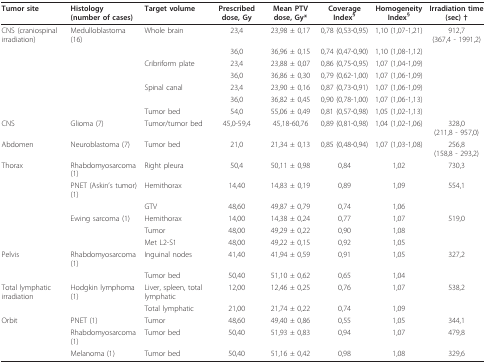
<table><thead><tr><td><b>Tumor site</b></td><td><b>Histology(number of cases)</b></td><td><b>Target volume</b></td><td><b>Prescribed dose, Gy</b></td><td><b>Mean PTV dose, Gy*</b></td><td><b>Coverage Index<sup>§</sup></b></td><td><b>Homogeneity Index<sup>§</sup></b></td><td><b>Irradiation time (sec) †</b></td></tr></thead><tbody><tr><td>CNS (craniospinal irradiation)</td><td>Medulloblastoma (16)</td><td>Whole brain</td><td>23,4</td><td>23,98 ± 0,17</td><td>0,78 (0,53-0,95)</td><td>1,10 (1,07-1,21)</td><td>912,7(367,4 - 1991,2)</td></tr><tr><td></td><td></td><td></td><td>36,0</td><td>36,96 ± 0,15</td><td>0,74 (0,47-0,90)</td><td>1,10 (1,08-1,12)</td><td></td></tr><tr><td></td><td></td><td>Cribriform plate</td><td>23,4</td><td>23,88 ± 0,07</td><td>0,86 (0,75-0,95)</td><td>1,07 (1,04-1,09)</td><td></td></tr><tr><td></td><td></td><td></td><td>36,0</td><td>36,86 ± 0,30</td><td>0,79 (0,62-1,00)</td><td>1,07 (1,06-1,09)</td><td></td></tr><tr><td></td><td></td><td>Spinal canal</td><td>23,4</td><td>23,90 ± 0,16</td><td>0,87 (0,73-0,91)</td><td>1,07 (1,06-1,09)</td><td></td></tr><tr><td></td><td></td><td></td><td>36,0</td><td>36,82 ± 0,45</td><td>0,90 (0,78-1,00)</td><td>1,07 (1,06-1,13)</td><td></td></tr><tr><td></td><td></td><td>Tumor bed</td><td>54,0</td><td>55,06 ± 0,49</td><td>0,81 (0,57-0,98)</td><td>1,05 (1,02-1,13)</td><td></td></tr><tr><td>CNS</td><td>Glioma (7)</td><td>Tumor/tumor bed</td><td>45,0-59,4</td><td>45,18-60,76</td><td>0,89 (0,81-0,98)</td><td>1,04 (1,02-1,06)</td><td>328,0(211,8 - 957,0)</td></tr><tr><td>Abdomen</td><td>Neuroblastoma (7)</td><td>Tumor bed</td><td>21,0</td><td>21,34 ± 0,13</td><td>0,85 (0,48-0,94)</td><td>1,07 (1,03-1,08)</td><td>256,8(158,8 - 293,2)</td></tr><tr><td>Thorax</td><td>Rhabdomyosarcoma (1)</td><td>Right pleura</td><td>50,4</td><td>50,11 ± 0,98</td><td>0,84</td><td>1,02</td><td>730,3</td></tr><tr><td></td><td>PNET (Askin&#x27;s tumor) (1)</td><td>Hemithorax</td><td>14,40</td><td>14,83 ± 0,19</td><td>0,89</td><td>1,09</td><td>554,1</td></tr><tr><td></td><td></td><td>GTV</td><td>48,60</td><td>49,87 ± 0,79</td><td>0,74</td><td>1,06</td><td></td></tr><tr><td></td><td>Ewing sarcoma (1)</td><td>Hemithorax</td><td>14,00</td><td>14,38 ± 0,24</td><td>0,77</td><td>1,07</td><td>519,0</td></tr><tr><td></td><td></td><td>Tumor</td><td>48,00</td><td>49,29 ± 0,22</td><td>0,90</td><td>1,08</td><td></td></tr><tr><td></td><td></td><td>Met L2-S1</td><td>48,00</td><td>49,22 ± 0,15</td><td>0,92</td><td>1,05</td><td></td></tr><tr><td>Pelvis</td><td>Rhabdomyosarcoma (1)</td><td>Inguinal nodes</td><td>41,40</td><td>41,94 ± 0,59</td><td>0,91</td><td>1,05</td><td>327,2</td></tr><tr><td></td><td></td><td>Tumor bed</td><td>50,40</td><td>51,10 ± 0,62</td><td>0,65</td><td>1,04</td><td></td></tr><tr><td>Total lymphatic irradiation</td><td>Hodgkin lymphoma (1)</td><td>Liver, spleen, total lymphatic</td><td>12,00</td><td>12,46 ± 0,25</td><td>0,76</td><td>1,07</td><td>538,2</td></tr><tr><td></td><td></td><td>Total lymphatic</td><td>21,00</td><td>21,74 ± 0,22</td><td>0,74</td><td>1,09</td><td></td></tr><tr><td>Orbit</td><td>PNET (1)</td><td>Tumor</td><td>48,60</td><td>49,40 ± 0,86</td><td>0,55</td><td>1,05</td><td>344,1</td></tr><tr><td></td><td>Rhabdomyosarcoma (1)</td><td>Tumor bed</td><td>50,40</td><td>51,93 ± 0,83</td><td>0,94</td><td>1,07</td><td>479,8</td></tr><tr><td></td><td>Melanoma (1)</td><td>Tumor bed</td><td>50,40</td><td>51,16 ± 0,42</td><td>0,98</td><td>1,08</td><td>329,6</td></tr></tbody></table>